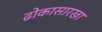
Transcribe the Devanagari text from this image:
ढोकासारखा